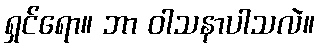
ရှင်ရော။ ဘာ ဝါသနာပါသလဲ။